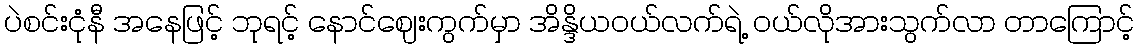
ပဲစင်းငုံနီ အနေဖြင့် ဘုရင့် နောင်ဈေးကွက်မှာ အိန္ဒိယဝယ်လက်ရဲ့ ဝယ်လိုအားသွက်လာ တာကြောင့်